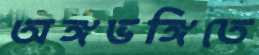
অঙ্গভঙ্গিতে